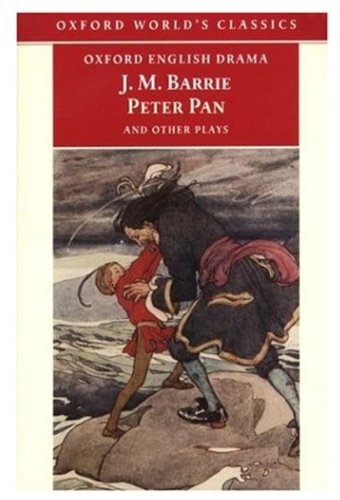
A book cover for Peter Pan and Other Plays: The Admirable Crichton; Peter Pan; When Wendy Grew Up; What Every Woman Knows; Mary Rose (Oxford World's Classics); J. M. Barrie; Literature & Fiction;